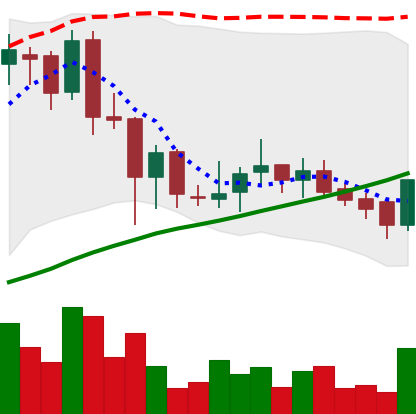
Ticker: BNB-USD
Chart end date: 2018-07-07
Forward return: -16.204%
Label: down_7plus